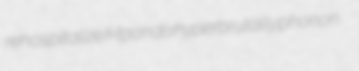
rehospitalize Mpondo hyperbrutally phonon